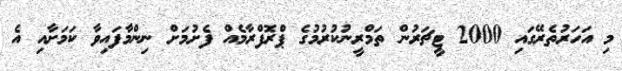
މި އަހަރުތެރޭގައި 2000 ޓީޗަރުން ތަމްރީނުކުރުމުގެ ޕްރޮފްރާމެއް ފެށުމަށް ނިންމާފައިވާ ކަމަށާއި އެ